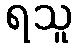
ရသူ